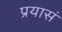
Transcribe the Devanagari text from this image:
प्रयासं